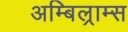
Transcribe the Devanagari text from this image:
अम्बिल्राम्स